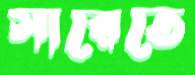
সারেতে